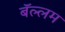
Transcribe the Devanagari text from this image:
बॅल्लम